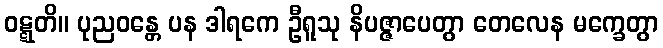
ဝဋ္ဋတိ။ ပုညဝန္တေ ပန ဒါရကေ ဦရူသု နိပဇ္ဇာပေတွာ တေလေန မက္ခေတွာ